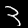
Label: 3